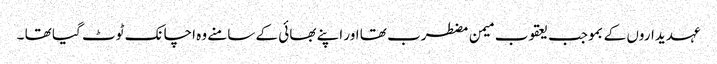
عہدیداروں کے بموجب یعقوب میمن مضطرب تھا اور اپنے بھائی کے سامنے وہ اچانک ٹوٹ گیا تھا ۔